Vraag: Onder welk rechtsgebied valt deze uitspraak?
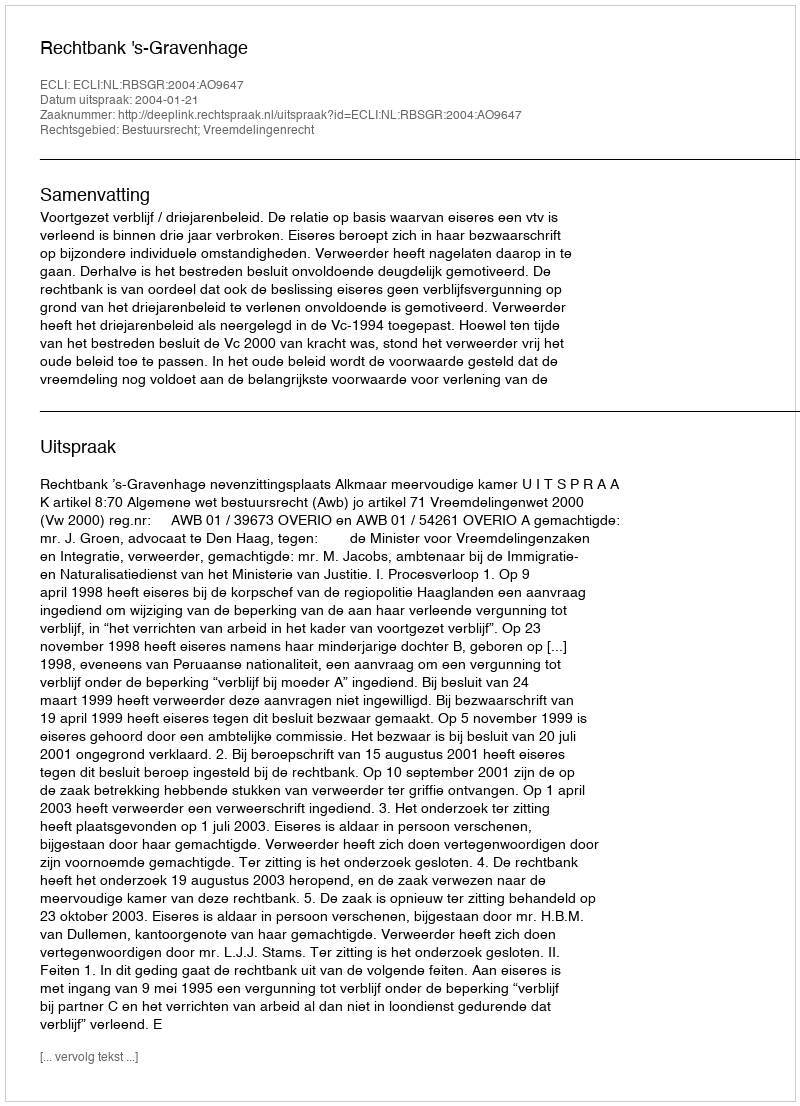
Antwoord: Bestuursrecht; Vreemdelingenrecht